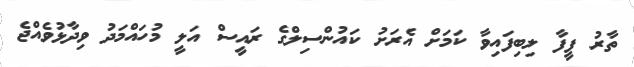
ތާރު ފީފާ ލިބިފައިވާ ކަމަށް އެރަށު ކައުންސިލްގެ ރައީސް އަލީ މުހައްމަދު ވިދާޅުވެއްޖެ